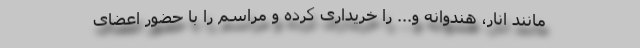
مانند انار، هندوانه و... را خریداری کرده و مراسم را با حضور اعضای